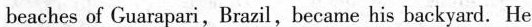
beaches of Guarapari，Brazil，became his backyard, He"